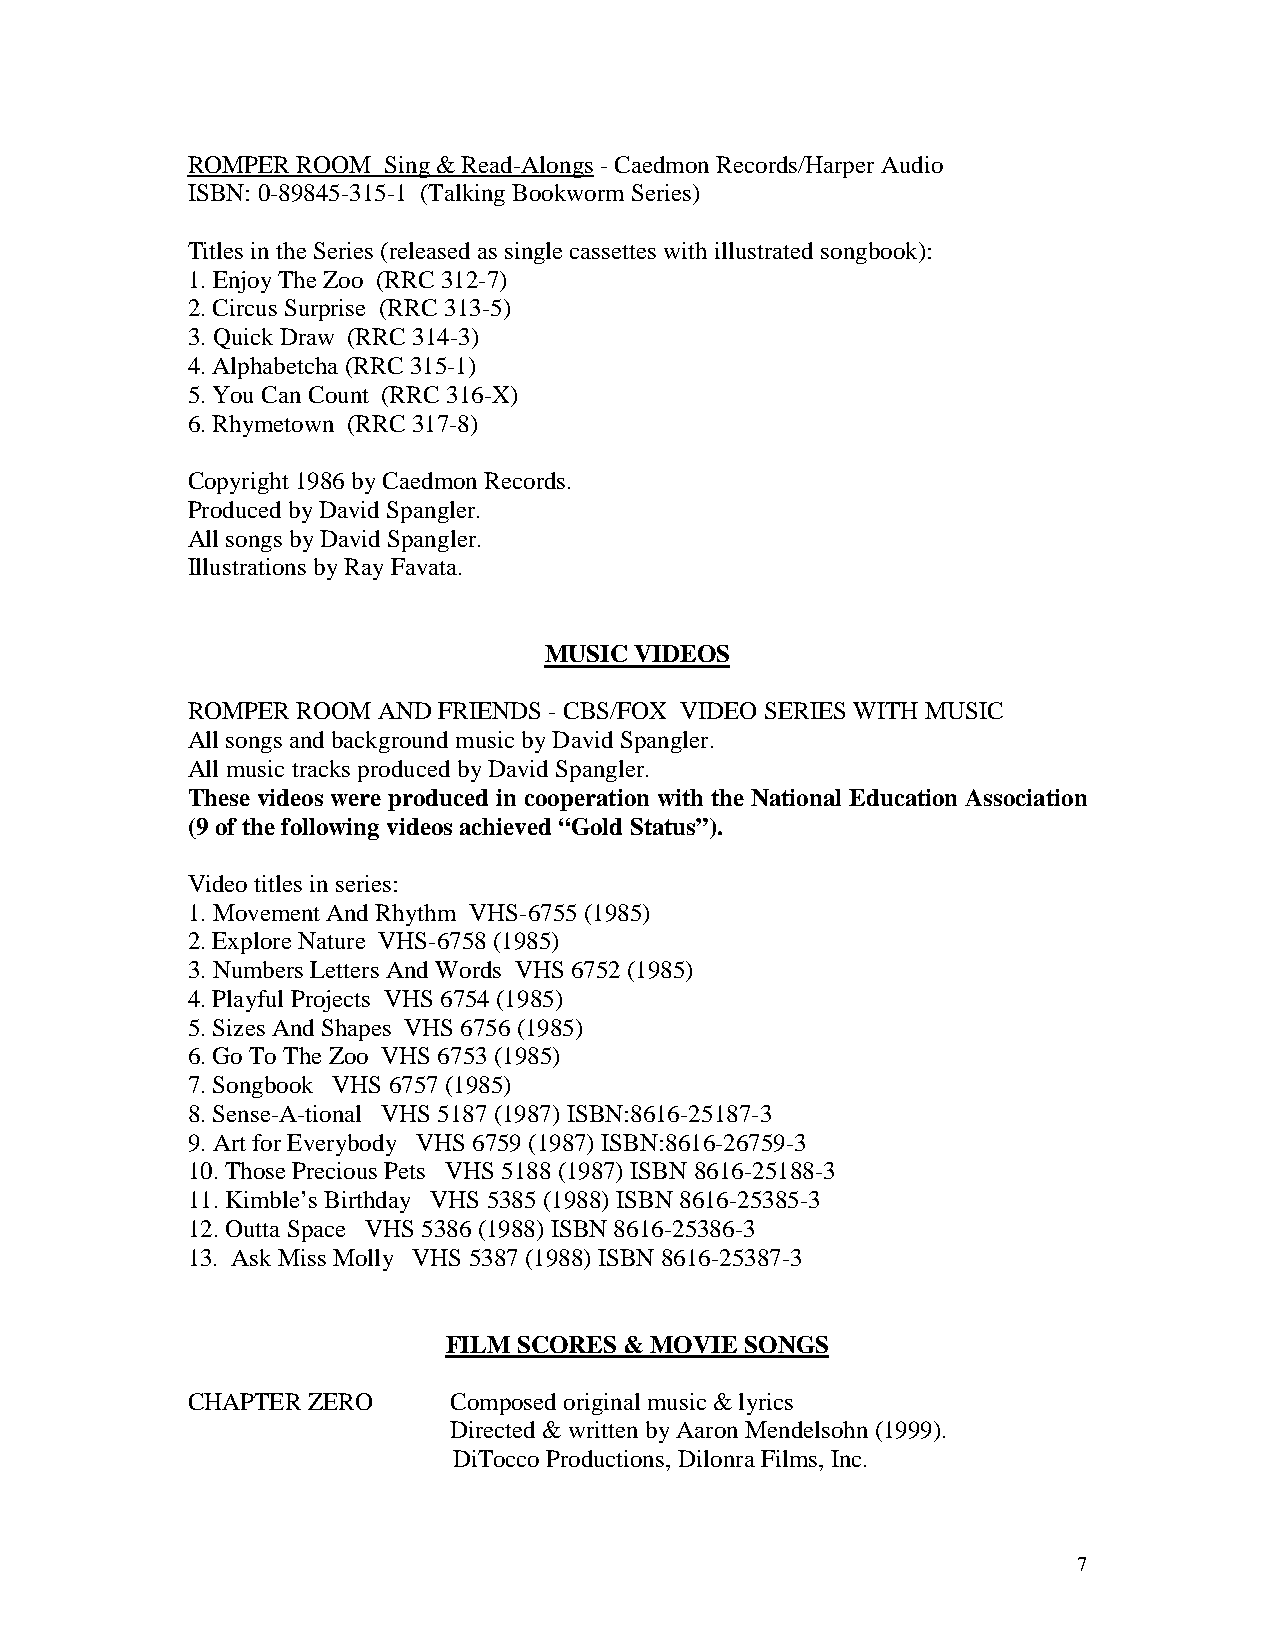
ROMPER  ROOM Sing&Read-Alongs -CaedmonRecords/HarperAudio
 ISBN: 0-89845-315-1 (TalkingBookworm Series)
 Titles intheSeries (releasedas singlecassettes withillustratedsongbook):
 1.EnjoyThe Zoo (RRC 312-7)
 2.Circus Surprise (RRC 313-5)
 3.QuickDraw (RRC 314-3)
 4.Alphabetcha (RRC 315-1)
 5.YouCanCount (RRC316-X)
 6.Rhymetown (RRC 317-8)
 Copyright 1986byCaedmonRecords.
 ProducedbyDavidSpangler.
 All songs byDavidSpangler.
 Illustrations byRayFavata.
 MUSICVIDEOS
 ROMPER  ROOM ANDFRIENDS -CBS/FOX VIDEOSERIES WITH MUSIC
 All songs andbackgroundmusicbyDavidSpangler.
 All musictracks producedbyDavidSpangler.
 These videos were produced in cooperation with the National Education Association
 (9 of thefollowingvideos achieved “Gold Status”).
 Videotitles inseries:
 1.Movement AndRhythm VHS-6755(1985)
 2.ExploreNature VHS-6758(1985)
 3.Numbers Letters And Words VHS 6752(1985)
 4.Playful Projects VHS 6754(1985)
 5.Sizes AndShapes VHS 6756(1985)
 6.GoToThe Zoo VHS 6753(1985)
 7.Songbook VHS 6757 (1985)
 8.Sense-A-tional VHS 5187(1987) ISBN:8616-25187-3
 9.Art forEverybody VHS 6759(1987) ISBN:8616-26759-3
 10.ThosePrecious Pets VHS 5188(1987) ISBN 8616-25188-3
 11.Kimble’s Birthday VHS 5385(1988) ISBN 8616-25385-3
 12.OuttaSpace VHS 5386(1988) ISBN8616-25386-3
 13. Ask Miss Molly VHS 5387(1988) ISBN8616-25387-3
 FILMSCORES &MOVIE  SONGS
 CHAPTER ZERO      Composedoriginal music&lyrics
 Directed &writtenbyAaronMendelsohn (1999).
 DiToccoProductions, DilonraFilms, Inc.
 7